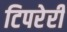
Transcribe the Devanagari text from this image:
टिपरेरी